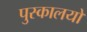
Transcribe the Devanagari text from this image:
पुस्कालयों